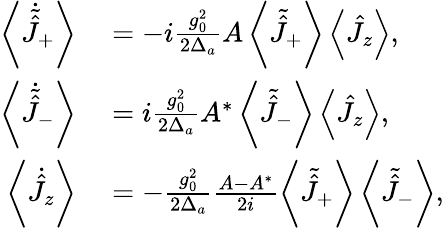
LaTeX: \begin{array}{rl}{\left\langle\dot{\tilde{\hat{J}}}_{+}\right\rangle}&{{}=-i\frac{g_{0}^{2}}{2\Delta_{a}}A\left\langle\tilde{\hat{J}}_{+}\right\rangle\left\langle\hat{J}_{z}\right\rangle,}\\ {\left\langle\dot{\tilde{\hat{J}}}_{-}\right\rangle}&{{}=i\frac{g_{0}^{2}}{2\Delta_{a}}A^{*}\left\langle\tilde{\hat{J}}_{-}\right\rangle\left\langle\hat{J}_{z}\right\rangle,}\\ {\left\langle\dot{\hat{J}}_{z}\right\rangle}&{{}=-\frac{g_{0}^{2}}{2\Delta_{a}}\frac{A-A^{*}}{2i}\left\langle\tilde{\hat{J}}_{+}\right\rangle\left\langle\tilde{\hat{J}}_{-}\right\rangle,}\end{array}